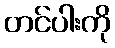
တင်ပါးကို